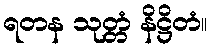
ရတန သုတ္တံ နိဋ္ဌိတံ။